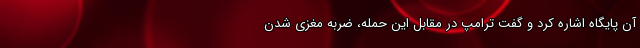
آن پایگاه اشاره کرد و گفت ترامپ در مقابل این حمله، ضربه مغزی شدن